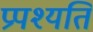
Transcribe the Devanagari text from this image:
प्रपश्यति